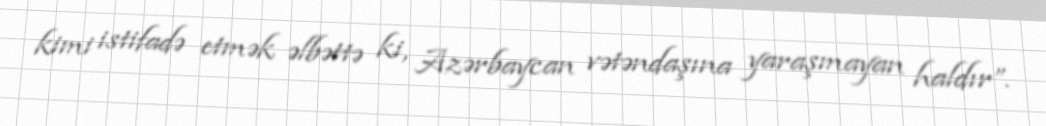
kimi istifadə etmək əlbəttə ki, Azərbaycan vətəndaşına yaraşmayan haldır”.